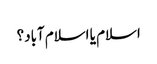
اسلام یا اسلام آباد؟